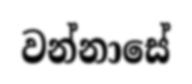
වන්නාසේ